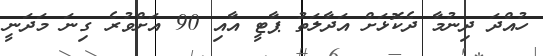
ހުއްދަ ދިނުމާ ދެކޮޅަށް އަދާލަތު ޕާޓީ އާއި 90 އަށްވުރެ ގިނަ މަދަނީ